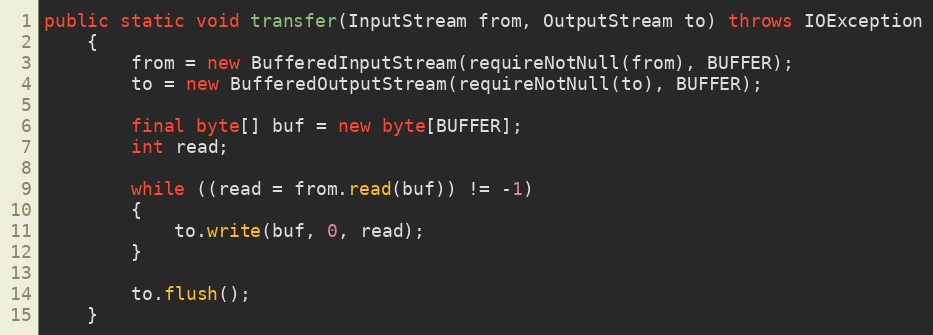
Language: Java
public static void transfer(InputStream from, OutputStream to) throws IOException
	{
		from = new BufferedInputStream(requireNotNull(from), BUFFER);
		to = new BufferedOutputStream(requireNotNull(to), BUFFER);

		final byte[] buf = new byte[BUFFER];
		int read;

		while ((read = from.read(buf)) != -1)
		{
			to.write(buf, 0, read);
		}

		to.flush();
	}